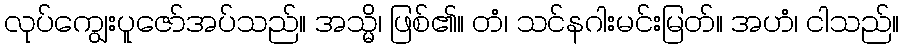
လုပ်ကျွေးပူဇော်အပ်သည်။ အသ္မိ၊ ဖြစ်၏။ တံ၊ သင်နဂါးမင်းမြတ်။ အဟံ၊ ငါသည်။